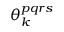
\theta _ { k } ^ { p q r s }